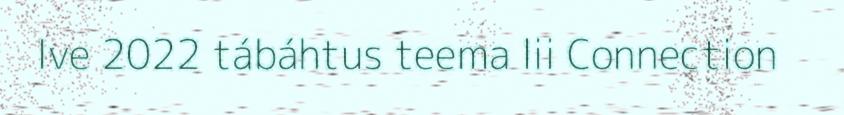
Ive 2022 tábáhtus teema lii Connection